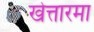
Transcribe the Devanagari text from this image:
खेत्तारमा